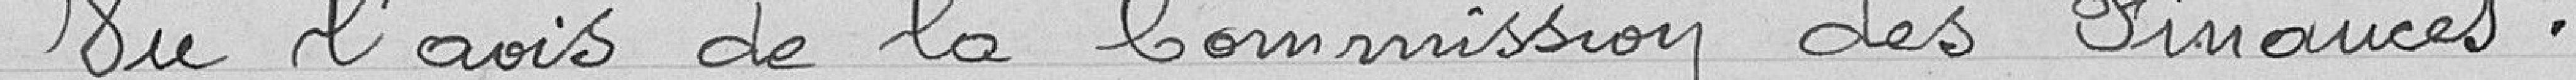
Vu l'avis de la Commission des Finances,